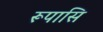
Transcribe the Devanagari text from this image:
रूपासि